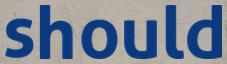
should